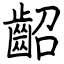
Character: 齠